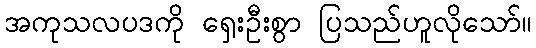
အကုသလပဒကို ရှေးဦးစွာ ပြသည်ဟူလိုသော်။